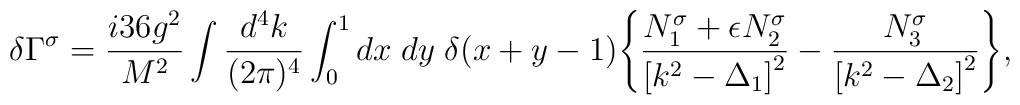
\delta \Gamma^\sigma = \frac{i 36 g^2}{M^2} \int \frac{d^4 k}{(2 \pi)^4} \int_0^1 dx \;dy\; \delta(x+y-1) \Biggl\{\frac{N_1^\sigma + \epsilon N_2^\sigma}{\left[k^2 - \Delta_1 \right]^2} - \frac{N_3^\sigma}{\left[k^2 - \Delta_2 \right]^2}\Biggr\},